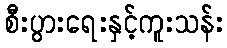
စီးပွားရေးနှင့်ကူးသန်း